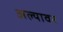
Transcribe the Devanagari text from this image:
अल्यावर